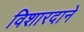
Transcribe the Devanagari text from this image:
विशारदाने